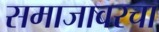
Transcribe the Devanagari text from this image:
समाजावरचा